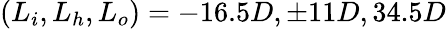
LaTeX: (L_{i},L_{h},L_{o})=-16.5D,\pm 11D,34.5D